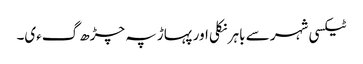
ٹیکسی شہر سے باہر نکلی اور پہاڑ پہ چڑھ گءی۔